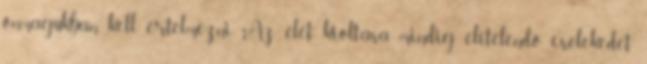
önmagukban kell értelmezni. Az élet kioltása mindig elítélendő cselekedet